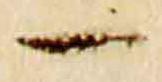
一